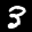
Label: 3